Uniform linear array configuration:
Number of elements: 64
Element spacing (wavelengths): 0.75
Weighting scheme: hann
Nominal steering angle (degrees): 45
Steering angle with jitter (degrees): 44.821
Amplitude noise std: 0.05
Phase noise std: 0.05

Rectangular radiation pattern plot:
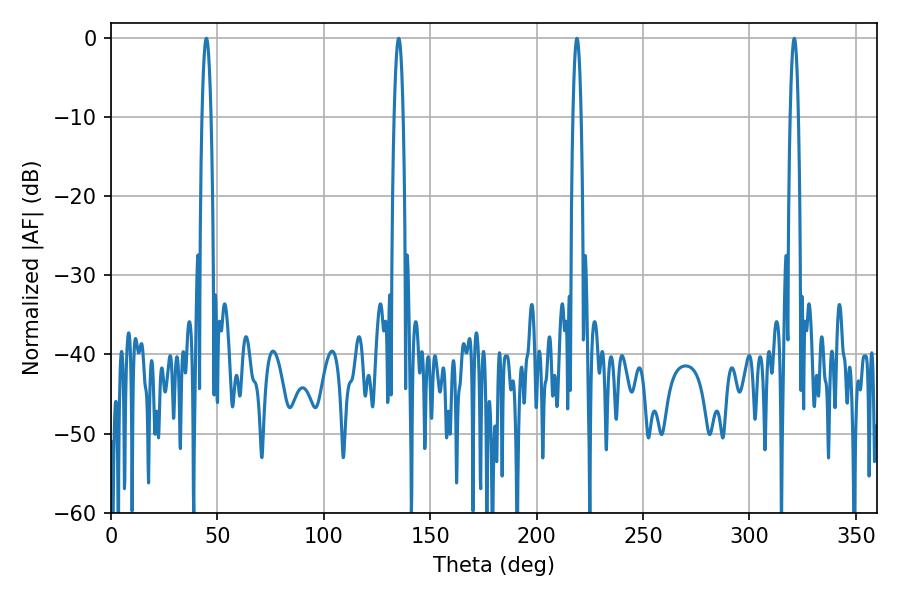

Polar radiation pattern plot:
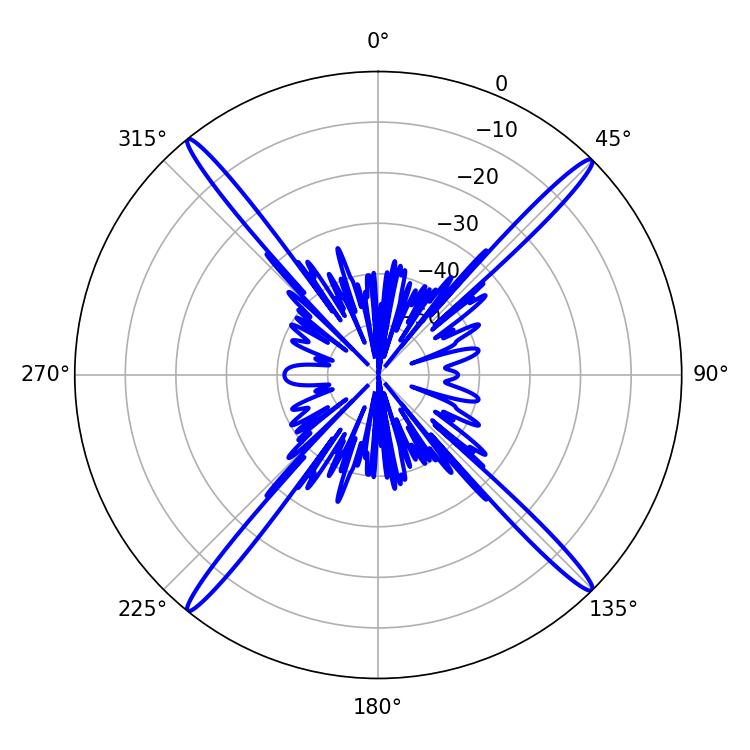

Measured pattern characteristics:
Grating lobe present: TRUE
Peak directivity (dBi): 22.29
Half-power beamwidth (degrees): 2.16
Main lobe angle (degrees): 44.82